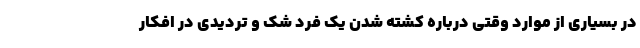
در بسیاری از موارد وقتی درباره کشته شدن یک فرد شک و تردیدی در افکار